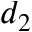
d _ { 2 }